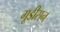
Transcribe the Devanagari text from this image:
गूडीसन